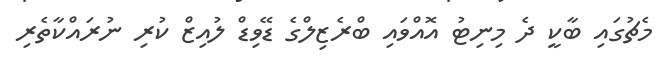
މެޗުގައި ބާކީ ދެ މިނިޓު އޮއްވައި ބްރެޒިލްގެ ޑޭވިޑް ލުއިޒް ކުރި ނުރައްކާތެރި